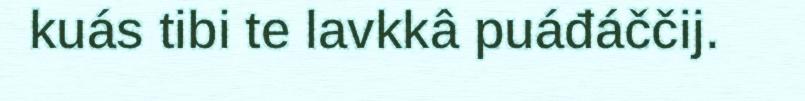
kuás tibi te lavkkâ puáđáččij.